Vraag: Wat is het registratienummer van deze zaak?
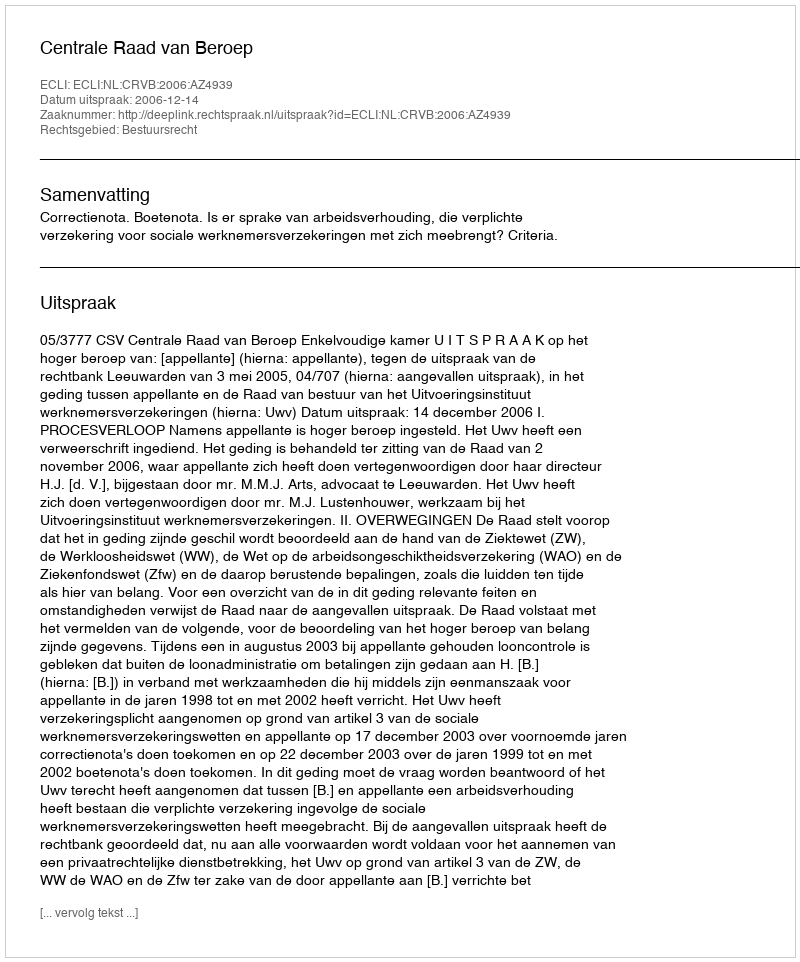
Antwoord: http://deeplink.rechtspraak.nl/uitspraak?id=ECLI:NL:CRVB:2006:AZ4939